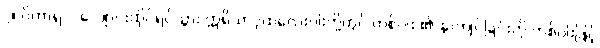
၂။ ဝိဟာရ = လျောင်းထိုင်ရပ်သွား ဣရိယာပုထ်လေးပါးတို့တွင် တစ်ပါး ၏ နာကျင်ခြင်းကို တစ်ပါးဖြင့်